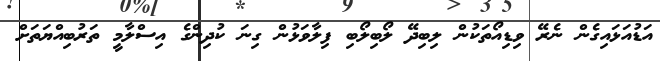
އަޑުއަޅައިގެން ނެރޭ ވިޑިއޯތަކުން ލިބިދޭ ލޯބިލޯބި ފިލާވަޅުން ގިނަ ކުދިންގެ އިސްލާމީ ތަރުބިއްޔަތަށް